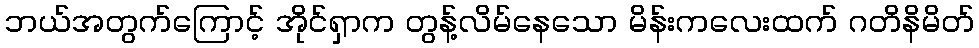
ဘယ်အတွက်ကြောင့် အိုင်ရှာက တွန့်လိမ်နေသော မိန်းကလေးထက် ဂတိနိမိတ်